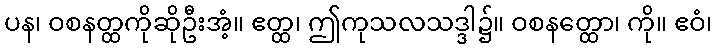
ပန၊ ဝစနတ္ထကိုဆိုဦးအံ့။ ဧတ္ထ၊ ဤကုသလသဒ္ဒါ၌။ ဝစနတ္ထော၊ ကို။ ဧဝံ၊